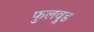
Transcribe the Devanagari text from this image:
फुलवुड